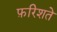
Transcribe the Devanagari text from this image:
फ़रिशते